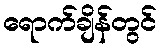
ရောက်ချိန်တွင်